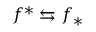
f ^ { * } \leftrightarrows f _ { * }